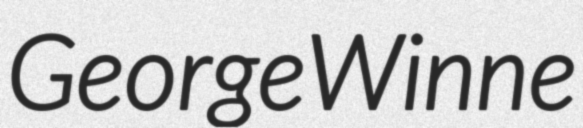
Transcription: George Winne